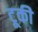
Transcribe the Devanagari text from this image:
टूकी